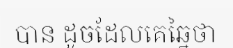
បាន ដូចដែលគេឆ្នៃថា